Mental hospitals Bombay report 1929-33 - 1929-1933
Year: 1929
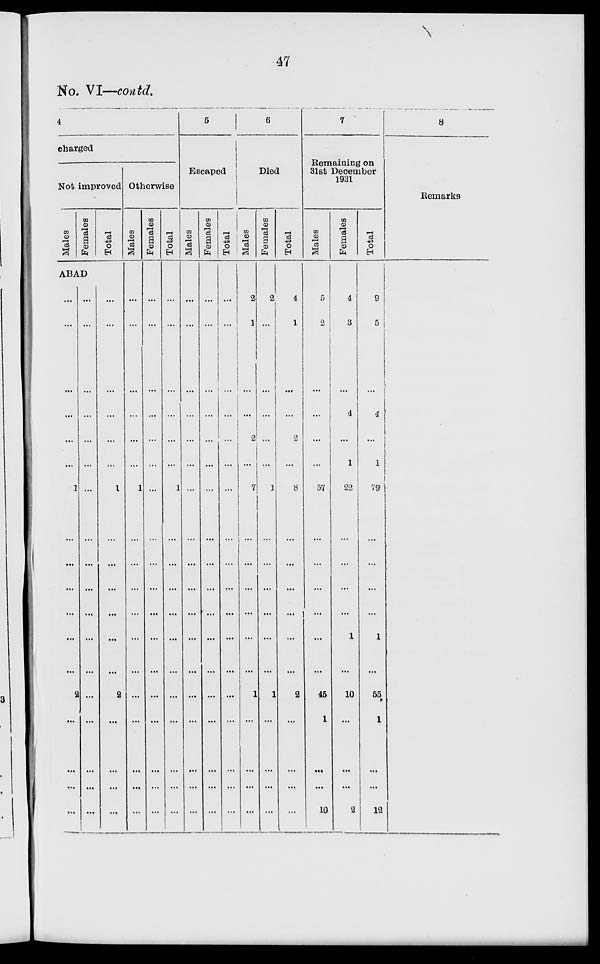
47
No. VI—contd.
4
charged
Not improved
Males
Females
ABAD
.,.
...
...
...
...
...
1
...
...
...
...
...
...
2
...
...
...
...
...
...
...
...
...
...
...
...
...
...
...
...
...
...
...
...
...
...
Total
...
...
...
...
...
...
1
...
...
...
...
...
...
2
...
...
...
...
Otherwise
Males
...
...
...
...
...
...
1
...
...
...
...
...
...
...
...
...
...
...
Females
...
...
...
...
...
...
...
...
...
...
...
...
...
...
...
...
...
...
Total
...
...
...
...
...
...
1
...
...
...
...
...
...
...
...
...
...
...
5
Escaped
Males
...
...
...
...
...
...
...
...
...
...
...
...
...
...
...
...
...
...
Females
...
...
...
...
...
...
...
...
...
...
...
...
...
...
...
...
...
...
Total
...
...
...
...
...
...
...
...
...
...
...
...
...
...
...
...
...
...
6
Died
Males
2
1
...
...
2
...
7
...
...
...
...
...
...
1
...
...
...
...
Females
2
...
...
...
...
...
1
...
...
...
...
...
...
1
...
...
...
...
Total
4
1
...
...
2
...
8
...
...
...
...
...
...
2
...
...
...
...
7
Remaining on
31st December
1931
Males
5
2
...
...
...
...
57
...
...
...
...
...
...
45
1
...
...
10
Females
4
3
...
4
...
1
22
...
...
...
...
1
...
10
...
...
...
2
Total
9
5
...
4
...
1
79
...
...
...
...
1
...
55
1
...
...
12
8
Remarks